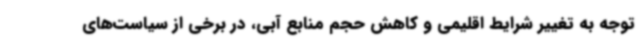
توجه به تغییر شرایط اقلیمی و کاهش حجم منابع آبی، در برخی از سیاست‌های